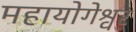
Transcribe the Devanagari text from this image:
महायोगेश्वर